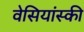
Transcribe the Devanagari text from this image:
वेसियांस्की